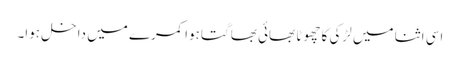
اسی اثنا میں لڑکی کا چھوٹا بھائی بھاگتا ہوا کمرے میں داخل ہوا۔